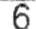
6